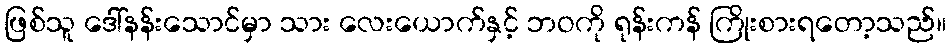
ဖြစ်သူ ဒေါ်နန်းသောင်မှာ သား လေးယောက်နှင့် ဘဝကို ရုန်းကန် ကြိုးစားရတော့သည်။